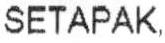
SETAPAK,